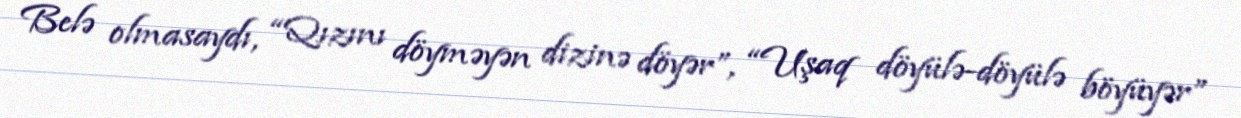
Belə olmasaydı, “Qızını döyməyən dizinə döyər”, “Uşaq döyülə-döyülə böyüyər”